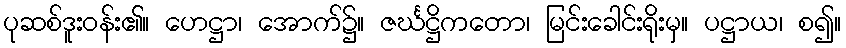
ပုဆစ်ဒူးဝန်း၏။ ဟေဋ္ဌာ၊ အောက်၌။ ဇင်္ဃဋ္ဌိကတော၊ မြင်းခေါင်းရိုးမှ။ ပဋ္ဌာယ၊ စ၍။